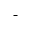
^ -